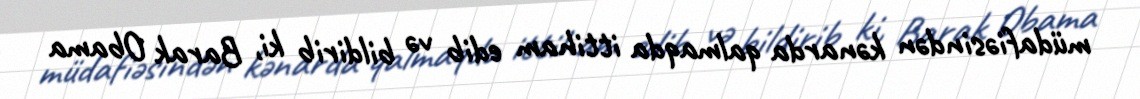
müdafiəsindən kənarda qalmaqda ittiham edib və bildirib ki, Barak Obama